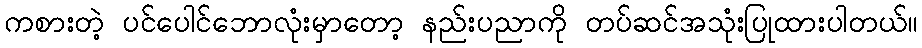
ကစားတဲ့ ပင်ပေါင်ဘောလုံးမှာတော့ နည်းပညာကို တပ်ဆင်အသုံးပြုထားပါတယ်။